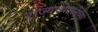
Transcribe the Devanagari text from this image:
राज्‍यस्‍थापनेच्या